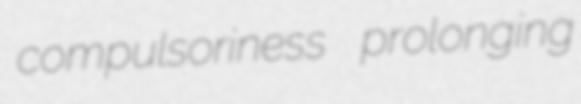
compulsoriness prolonging